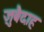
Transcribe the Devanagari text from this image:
ज़ुबैदाह